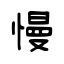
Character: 慢